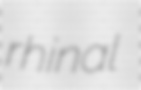
rhinal